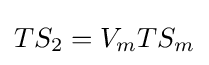
TS_{2}=V_{m}TS_{m}